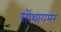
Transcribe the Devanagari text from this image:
सोंथायमर